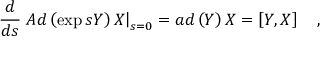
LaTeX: \frac d { d s } \left. A d \left( \exp s Y \right) X \right| _ { s = 0 } = a d \left( Y \right) X = \left[ Y , X \right] \quad ,